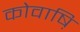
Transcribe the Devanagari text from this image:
कोवाष़ि